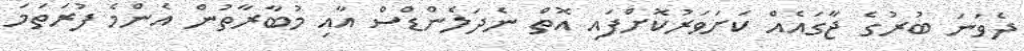
ދެވަނަ ބުރުގެ ޖާގައެއް ކަށަވަރުކޮށްފައި އޮތް ނެދަލެންޑްސް އާއި މުބާރާތުން އެންމެ ފުރަތަމަ